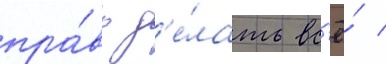
пра́во д'е́лать вс'ё́ /